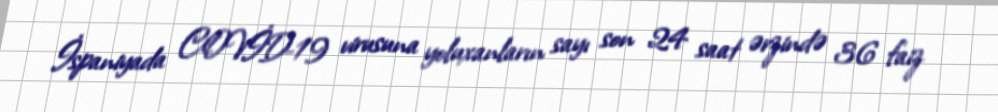
İspaniyada COVİD-19 virusuna yoluxanların sayı son 24 saat ərzində 36 faiz